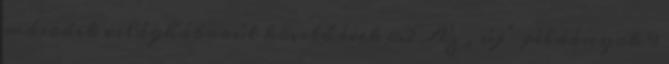
második világháborút követő évek 8.2 Az „új” példányok 9